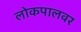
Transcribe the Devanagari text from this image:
लोकपालवर